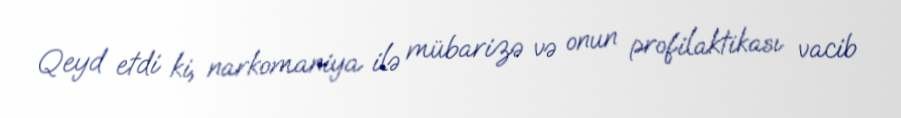
Qeyd etdi ki, narkomaniya ilə mübarizə və onun profilaktikası vacib